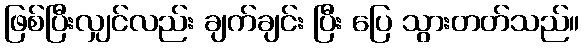
ဖြစ်ပြီးလျှင်လည်း ချက်ချင်း ပြီး ပြေ သွားတတ်သည်။